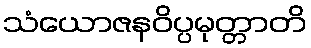
သံယောဇနဝိပ္ပမုတ္တာတိ